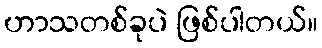
ဟာသတစ်ခုပဲ ဖြစ်ပါတယ်။